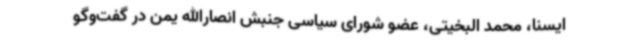
ایسنا، محمد البخیتی، عضو شورای سیاسی جنبش انصارالله یمن در گفت‌وگو